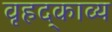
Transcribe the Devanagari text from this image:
वृहद्काव्य